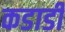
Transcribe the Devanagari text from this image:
कडाडी